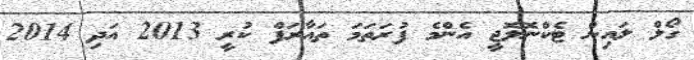
ގޯލް ލައިން ޓެކްނޮލޮޖީ އެންމެ ފުރަތަމަ ތައާރަފް ކުރީ 2013 އަދި 2014